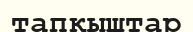
тапқыштар